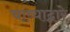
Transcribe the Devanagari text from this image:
चाव्याद्वारे